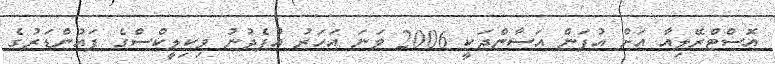
އޮސްޓްރޭލިއާ އަށް އުފަން އަސާންޖަކީ 2006 ވަނަ އަހަރު އުފެދުނު ވިކިލީކްސްގެ ފައުންޑަރުގެ